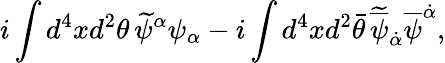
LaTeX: i\int d^{4}xd^{2}\theta\, \widetilde\psi^{\alpha}\psi_{\alpha}-i\int d^{4}xd^{2}\bar{\theta}\, \widetilde{\overline{{\psi}}}_{\dot{\alpha}}\overline{{\psi}}^{\dot{\alpha}},